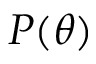
P ( \theta )